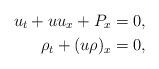
LaTeX: \begin{align*} u_t+uu_{x}+P_x&=0,\\\rho_t+(u\rho)_x& =0,\end{align*}